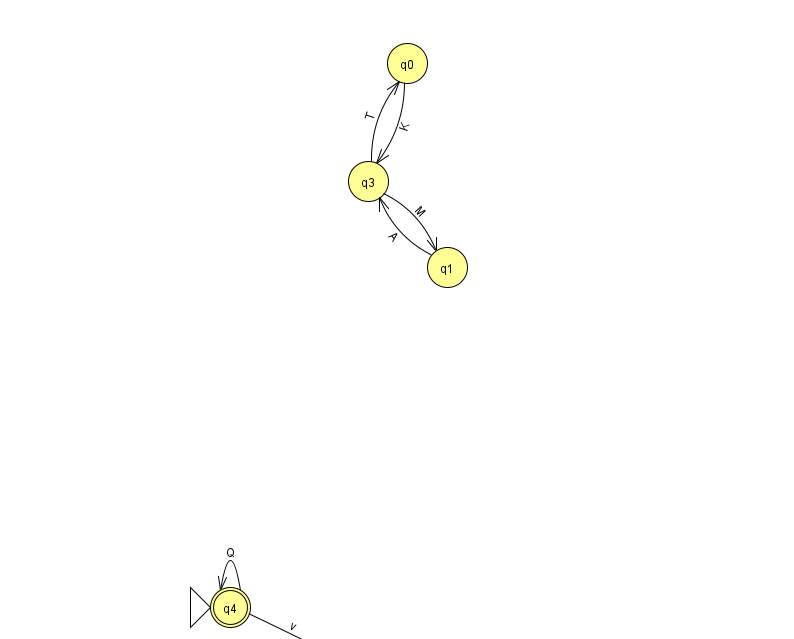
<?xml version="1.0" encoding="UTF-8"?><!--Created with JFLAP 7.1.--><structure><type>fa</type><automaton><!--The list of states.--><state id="0" name="q0"><x>407.0</x><y>50.0</y></state><state id="1" name="q1"><x>447.0</x><y>254.0</y></state><state id="2" name="q2"><x>348.0</x><y>651.0</y></state><state id="3" name="q3"><x>368.0</x><y>168.0</y></state><state id="4" name="q4"><x>230.0</x><y>594.0</y><initial/><final/></state><!--The list of transitions.--><transition><from>0</from><to>3</to><read>K</read></transition><transition><from>4</from><to>4</to><read>Q</read></transition><transition><from>1</from><to>3</to><read>A</read></transition><transition><from>4</from><to>2</to><read>v</read></transition><transition><from>3</from><to>1</to><read>M</read></transition><transition><from>3</from><to>0</to><read>T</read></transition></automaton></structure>